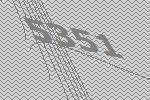
5351